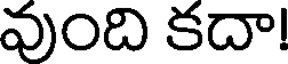
వుంది కదా!